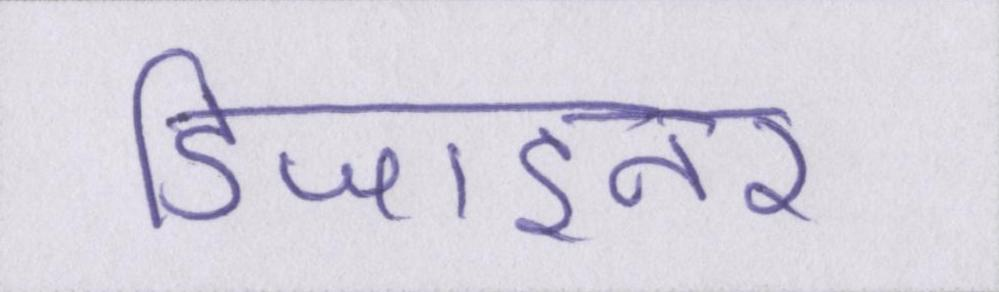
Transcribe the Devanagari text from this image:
डिजाइनर